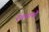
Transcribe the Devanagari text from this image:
रचनायों